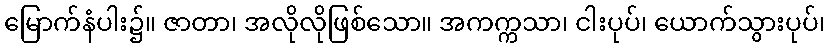
မြောက်နံပါး၌။ ဇာတာ၊ အလိုလိုဖြစ်သော။ အကက္ကသာ၊ ငါးပုပ်၊ ယောက်သွားပုပ်၊